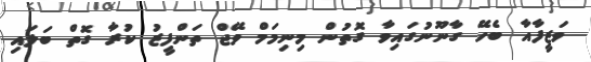
ވަޒީފާއާ ބެހޭ ގާނޫނުގައިވާ ގޮތުން މިނިމަމް ވޭޖް ތަންފީޒު ކުރާ ގޮތް ބަލައި